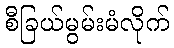
စီခြယ်မွမ်းမံလိုက်